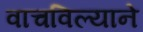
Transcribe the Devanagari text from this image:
वाचविल्याने